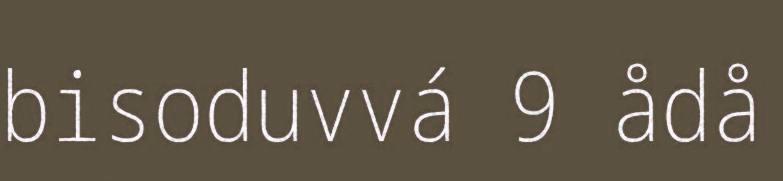
bisoduvvá 9 ådå